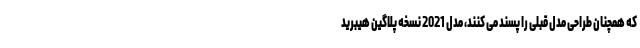
که همچنان طراحی مدل قبلی را پسند می کنند، مدل 2021 نسخه پلاگین هیبرید